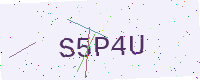
Text: S5P4U